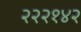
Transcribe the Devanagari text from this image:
२२२१४२